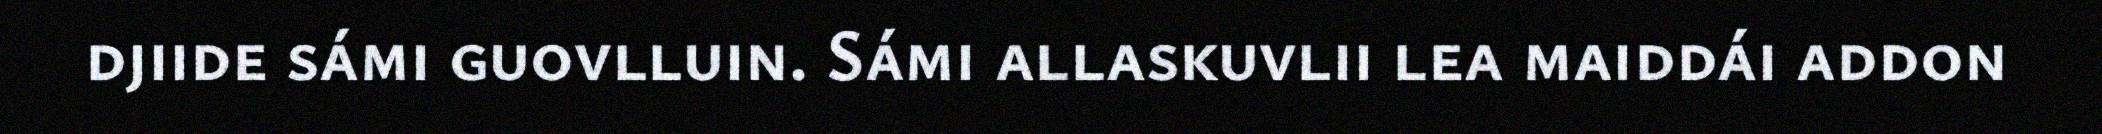
djiide sámi guovlluin. Sámi allaskuvlii lea maiddái addon